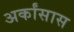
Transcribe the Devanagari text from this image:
अर्कांसास